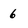
Character: 6